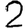
Digit: 2